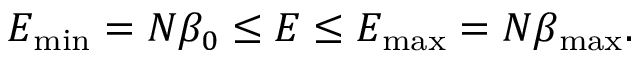
E _ { \mathrm { m i n } } = N \beta _ { 0 } \le E \le E _ { \mathrm { m a x } } = N \beta _ { \mathrm { m a x } } .